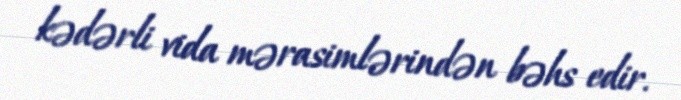
kədərli vida mərasimlərindən bəhs edir.